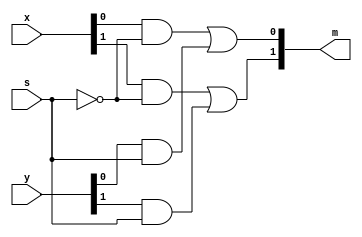
`timescale 1ns / 1ps
//////////////////////////////////////////////////////////////////////////////////
// Student: Tawseef Patel 101145333 & Saad Babur 101123210
// 
// Design Name: lab1_2_2.v
// Module Name: lab1_2_2
// Project Name: Lab 1_2
//////////////////////////////////////////////////////////////////////////////////


module lab_1_2_2(
    input [1:0] x,
    input [1:0] y,
    input s,
    output [1:0] m
    );
    
    assign #3 m[0] = (x[0] & ~s) | (y[0] & s);
    assign #3 m[1] = (x[1] & ~s) | (y[1] & s); 
endmodule